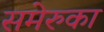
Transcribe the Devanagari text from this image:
समेरुका